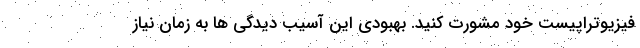
فیزیوتراپیست خود مشورت کنید. بهبودی این آسیب دیدگی ها به زمان نیاز